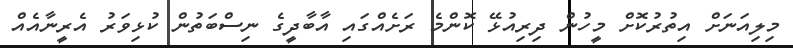
މިލިއަނަށް އިތުރުކޮށް މީހުން ދިރިއުޅޭ ކޮންމެ ރަށެއްގައި އާބާދީގެ ނިސްބަތުން ކުޅިވަރު އެރީނާއެއް